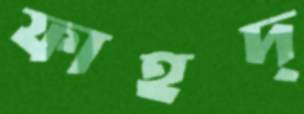
ফাহদ্